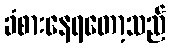
ခံစားနေရတော့သည်